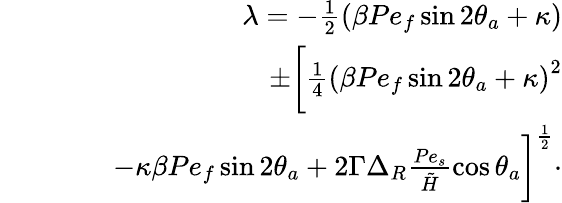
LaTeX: \begin{array}{rlr}&{}&{\lambda=-\frac{1}{2}\left(\beta Pe_{f}\sin 2\theta_{a}+\kappa\right)}\\ &{}&{\quad\quad\pm\bigg[\frac{1}{4}\left(\beta Pe_{f}\sin 2\theta_{a}+\kappa\right)^{2}}\\ &{}&{\quad\quad-\kappa\beta Pe_{f}\sin 2\theta_{a}+2\Gamma\Delta_{R}\frac{Pe_{s}}{\tilde{H}}\cos\theta_{a}\bigg]^{\frac{1}{2}}\cdot}\end{array}